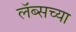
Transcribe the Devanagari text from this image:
लॅब्सच्या